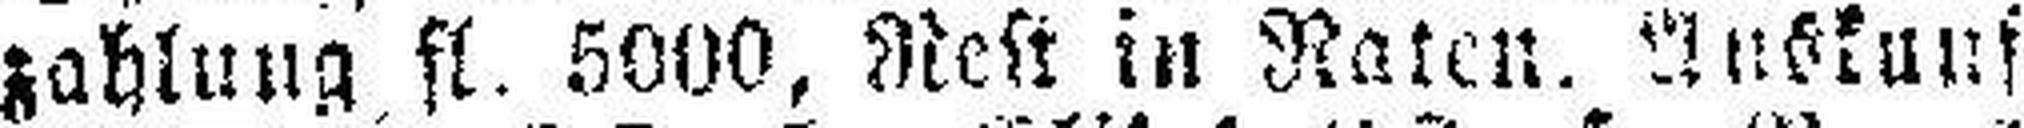
zahlung fl. 5000, Nest in Raten. Auskunft